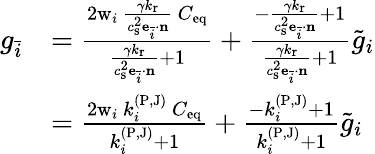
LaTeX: \begin{array}{rl}{g_{\bar{i}}}&{=\frac{2\mathrm{w}_{i}\ \frac{\gamma k_{\mathrm{r}}}{c_{\mathrm{s}}^{2}\mathbf{e}_{\bar{i}}\cdot\mathbf{n}}\ C_{\mathrm{eq}}}{\frac{\gamma k_{\mathrm{r}}}{c_{\mathrm{s}}^{2}\mathbf{e}_{\bar{i}}\cdot\mathbf{n}}+1}+\frac{-\frac{\gamma k_{\mathrm{r}}}{c_{\mathrm{s}}^{2}\mathbf{e}_{\bar{i}}\cdot\mathbf{n}}+1}{\frac{\gamma k_{\mathrm{r}}}{c_{\mathrm{s}}^{2}\mathbf{e}_{\bar{i}}\cdot\mathbf{n}}+1}\tilde{g}_{i}}\\ &{=\frac{2\mathrm{w}_{i}\ k_{i}^{(\mathrm{P,J})}\ C_{\mathrm{eq}}}{k_{i}^{(\mathrm{P,J})}+1}+\frac{-k_{i}^{(\mathrm{P,J})}+1}{k_{i}^{(\mathrm{P,J})}+1}\tilde{g}_{i}}\end{array}